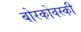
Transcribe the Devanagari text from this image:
बोरकोवस्की